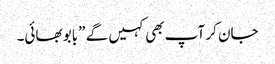
جان کر آپ بھی کہیں گے ”بابو بھائی۔